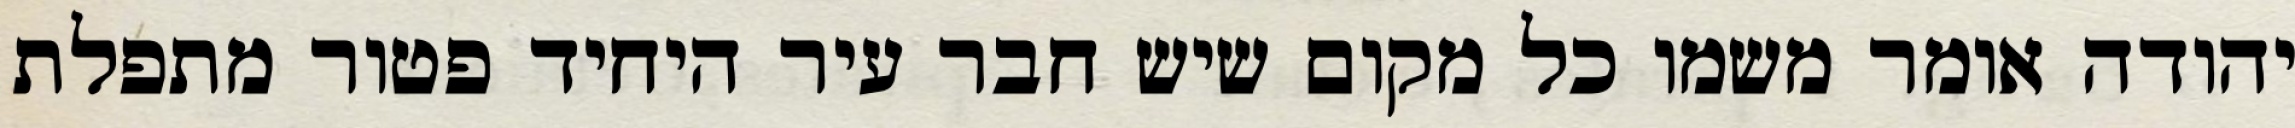
יהודה אומר משמו כל מקום שיש חבר עיר היחיד פטור מתפלת